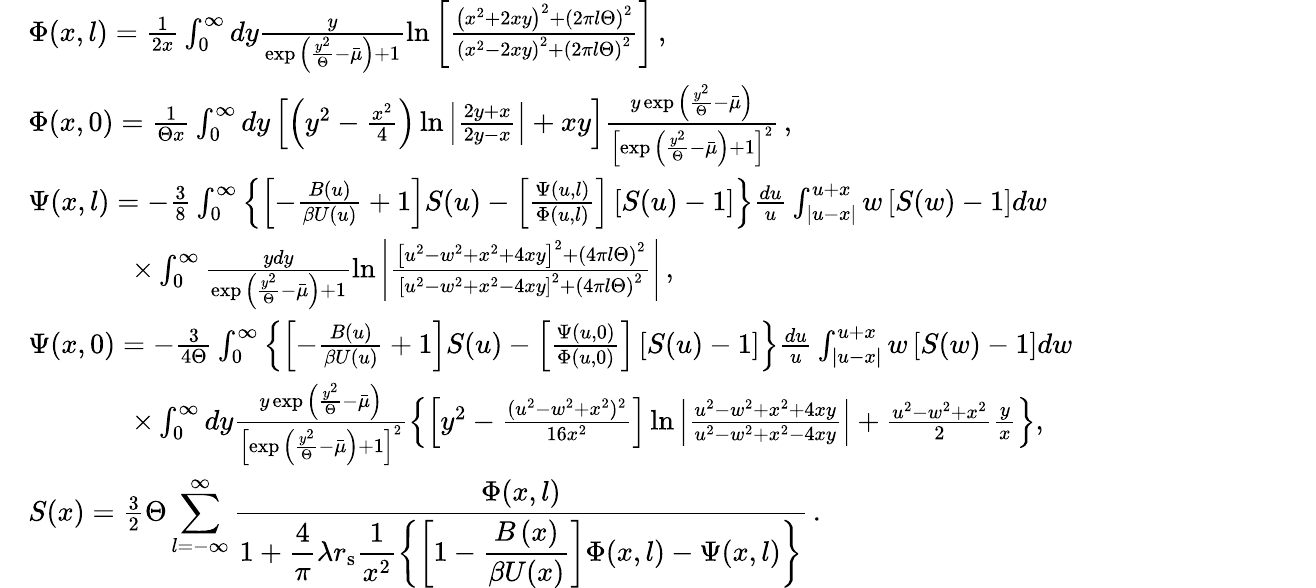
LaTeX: \begin{array}{rl}&{\Phi(x,l)=\frac{1}{2x}\int_{0}^{\infty}dy\frac{y}{\exp{\left(\frac{y^{2}}{\Theta}-\bar{\mu}\right)}+1}\ln{\left[\frac{\left(x^{2}+2xy\right)^{2}+\left(2\pi{l}{\Theta}\right)^{2}}{\left(x^{2}-2xy\right)^{2}+\left(2\pi{l}\Theta\right)^{2}}\right]}\, ,}\\ &{\Phi(x,0)=\frac{1}{\Theta{x}}\int_{0}^{\infty}dy\left[\left(y^{2}-\frac{x^{2}}{4}\right)\ln{\left|\frac{2y+x}{2y-x}\right|}+xy\right]\frac{y\exp{\left(\frac{y^{2}}{\Theta}-\bar{\mu}\right)}}{\left[\exp{\left(\frac{y^{2}}{\Theta}-\bar{\mu}\right)}+1\right]^{2}}\, ,}\\ &{\Psi(x,l)=-\frac{3}{8}\int_{0}^{\infty}\left\{ \left[-\frac{B(u)}{\beta{U}(u)}+1\right]S(u)-\left[\frac{\Psi(u,l)}{\Phi(u,l)}\right]\left[S(u)-1\right]\right\} \frac{du}{u}\int_{|u-x|}^{u+x}w\left[S(w)-1\right]dw}\\ &{\qquad\quad\, \, \, \, \times\int_{0}^{\infty}\frac{ydy}{\exp{\left(\frac{y^{2}}{\Theta}-\bar{\mu}\right)}+1}\ln{\left|\frac{\left[u^{2}-w^{2}+x^{2}+4xy\right]^{2}+\left(4\pi{l}\Theta\right)^{2}}{\left[u^{2}-w^{2}+x^{2}-4xy\right]^{2}+\left(4\pi{l}\Theta\right)^{2}}\right|}\, ,}\\ &{\Psi(x,0)=-\frac{3}{4\Theta}\int_{0}^{\infty}\left\{ \left[-\frac{B(u)}{\beta{U}(u)}+1\right]S(u)-\left[\frac{\Psi(u,0)}{\Phi(u,0)}\right]\left[S(u)-1\right]\right\} \frac{du}{u}\int_{|u-x|}^{u+x}w\left[S(w)-1\right]dw}\\ &{\qquad\quad\, \, \, \, \times\int_{0}^{\infty}dy\frac{y\exp{\left(\frac{y^{2}}{\Theta}-\bar{\mu}\right)}}{\left[\exp{\left(\frac{y^{2}}{\Theta}-\bar{\mu}\right)}+1\right]^{2}}\left\{ \left[y^{2}-\frac{(u^{2}-w^{2}+x^{2})^{2}}{16x^{2}}\right]\ln{\left|\frac{u^{2}-w^{2}+x^{2}+4xy}{u^{2}-w^{2}+x^{2}-4xy}\right|}+\frac{u^{2}-w^{2}+x^{2}}{2}\frac{y}{x}\right\} ,}\\ &{S(x)=\frac{3}{2}\Theta\displaystyle\sum_{l=-\infty}^{\infty}\frac{\Phi(x,l)}{1+\displaystyle\frac{4}{\pi}\lambda{r}_{\mathrm{s}}\frac{1}{x^{2}}\left\{ \left[1-\displaystyle\frac{{B}\left(x\right)}{\beta{U}(x)}\right]\Phi(x,l)-\Psi(x,l)\right\} }\, .\qquad\qquad\qquad\qquad\qquad\qquad\qquad\qquad\quad\, \, \, }\end{array}